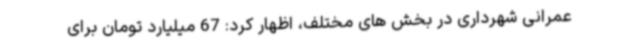
عمرانی شهرداری در بخش های مختلف، اظهار کرد: 67 میلیارد تومان برای